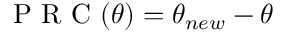
\mathrm { ~ P ~ R ~ C ~ } ( \theta ) = \theta _ { n e w } - \theta